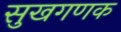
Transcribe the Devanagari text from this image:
सुखगणक